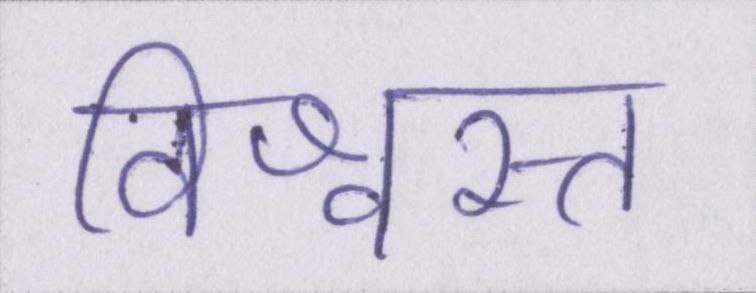
विश्वस्त